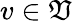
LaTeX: v\in\mathfrak{V}